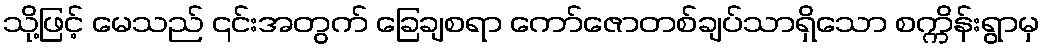
သို့ဖြင့် မေသည် ၎င်းအတွက် ခြေချစရာ ကော်ဇောတစ်ချပ်သာရှိသော စက္ကိန်းရွာမှ